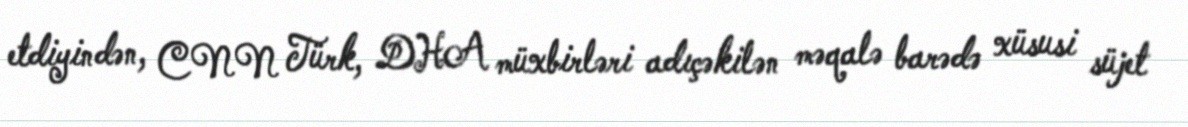
etdiyindən, CNN Türk, DHA müxbirləri adıçəkilən məqalə barədə xüsusi süjet